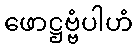
ဖောဋ္ဌဗ္ဗံပါဟံ